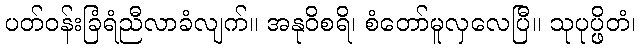
ပတ်ဝန်းခြံရံညီလာခံလျက်။ အနုဝိစရိ၊ စံတော်မူလှလေပြီ။ သုပုပ္ဖိတံ၊